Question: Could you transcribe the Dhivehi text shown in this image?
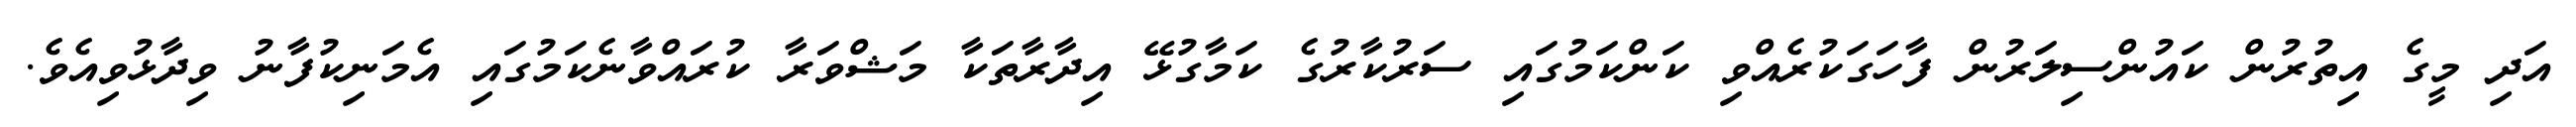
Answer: އަދި މީގެ އިތުރުން ކައުންސިލަރުން ފާހަގަކުރެއްވި ކަންކަމުގައި ސަރުކާރުގެ ކަމާގުޅޭ އިދާރާތަކާ މަޝްވަރާ ކުރައްވާނެކަމުގައި އެމަނިކުފާނު ވިދާޅުވިއެވެ.